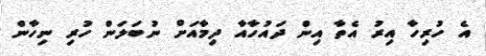
އެ ހުރިހާ އިރު އެތާ އިން ދައުހާއާ ދިމާއަށް ނުބަލަން ހުރި ނިހާން